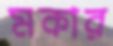
মকার